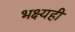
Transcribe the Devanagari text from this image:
भक्ष्यही